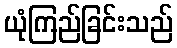
ယုံကြည်ခြင်းသည်